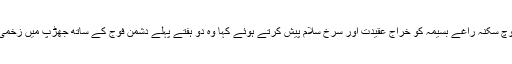
گہرام بلوچ نے اپنے ساتھی سرمچارمنیر بلوچ سکنہ راغے بسیمہ کو خراج عقیدت اور سرخ سلام پیش کرتے ہوئے کہا وہ دو ہفتے پہلے دشمن فوج کے ساتھ جھڑپ میں زخمی ہوئے تھے اور 18 اکتوبر کو شہید ہوئے۔